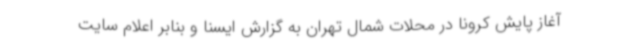
آغاز پایش کرونا در محلات شمال تهران به گزارش ایسنا و بنابر اعلام سایت